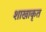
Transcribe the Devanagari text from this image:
शाखाकृत